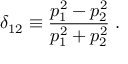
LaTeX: \delta _ { 1 2 } \equiv \frac { p _ { 1 } ^ { 2 } - p _ { 2 } ^ { 2 } } { p _ { 1 } ^ { 2 } + p _ { 2 } ^ { 2 } } \; .